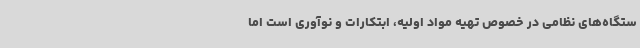
ستگاه‌های نظامی در خصوص تهیه مواد اولیه، ابتکارات و نوآوری است اما